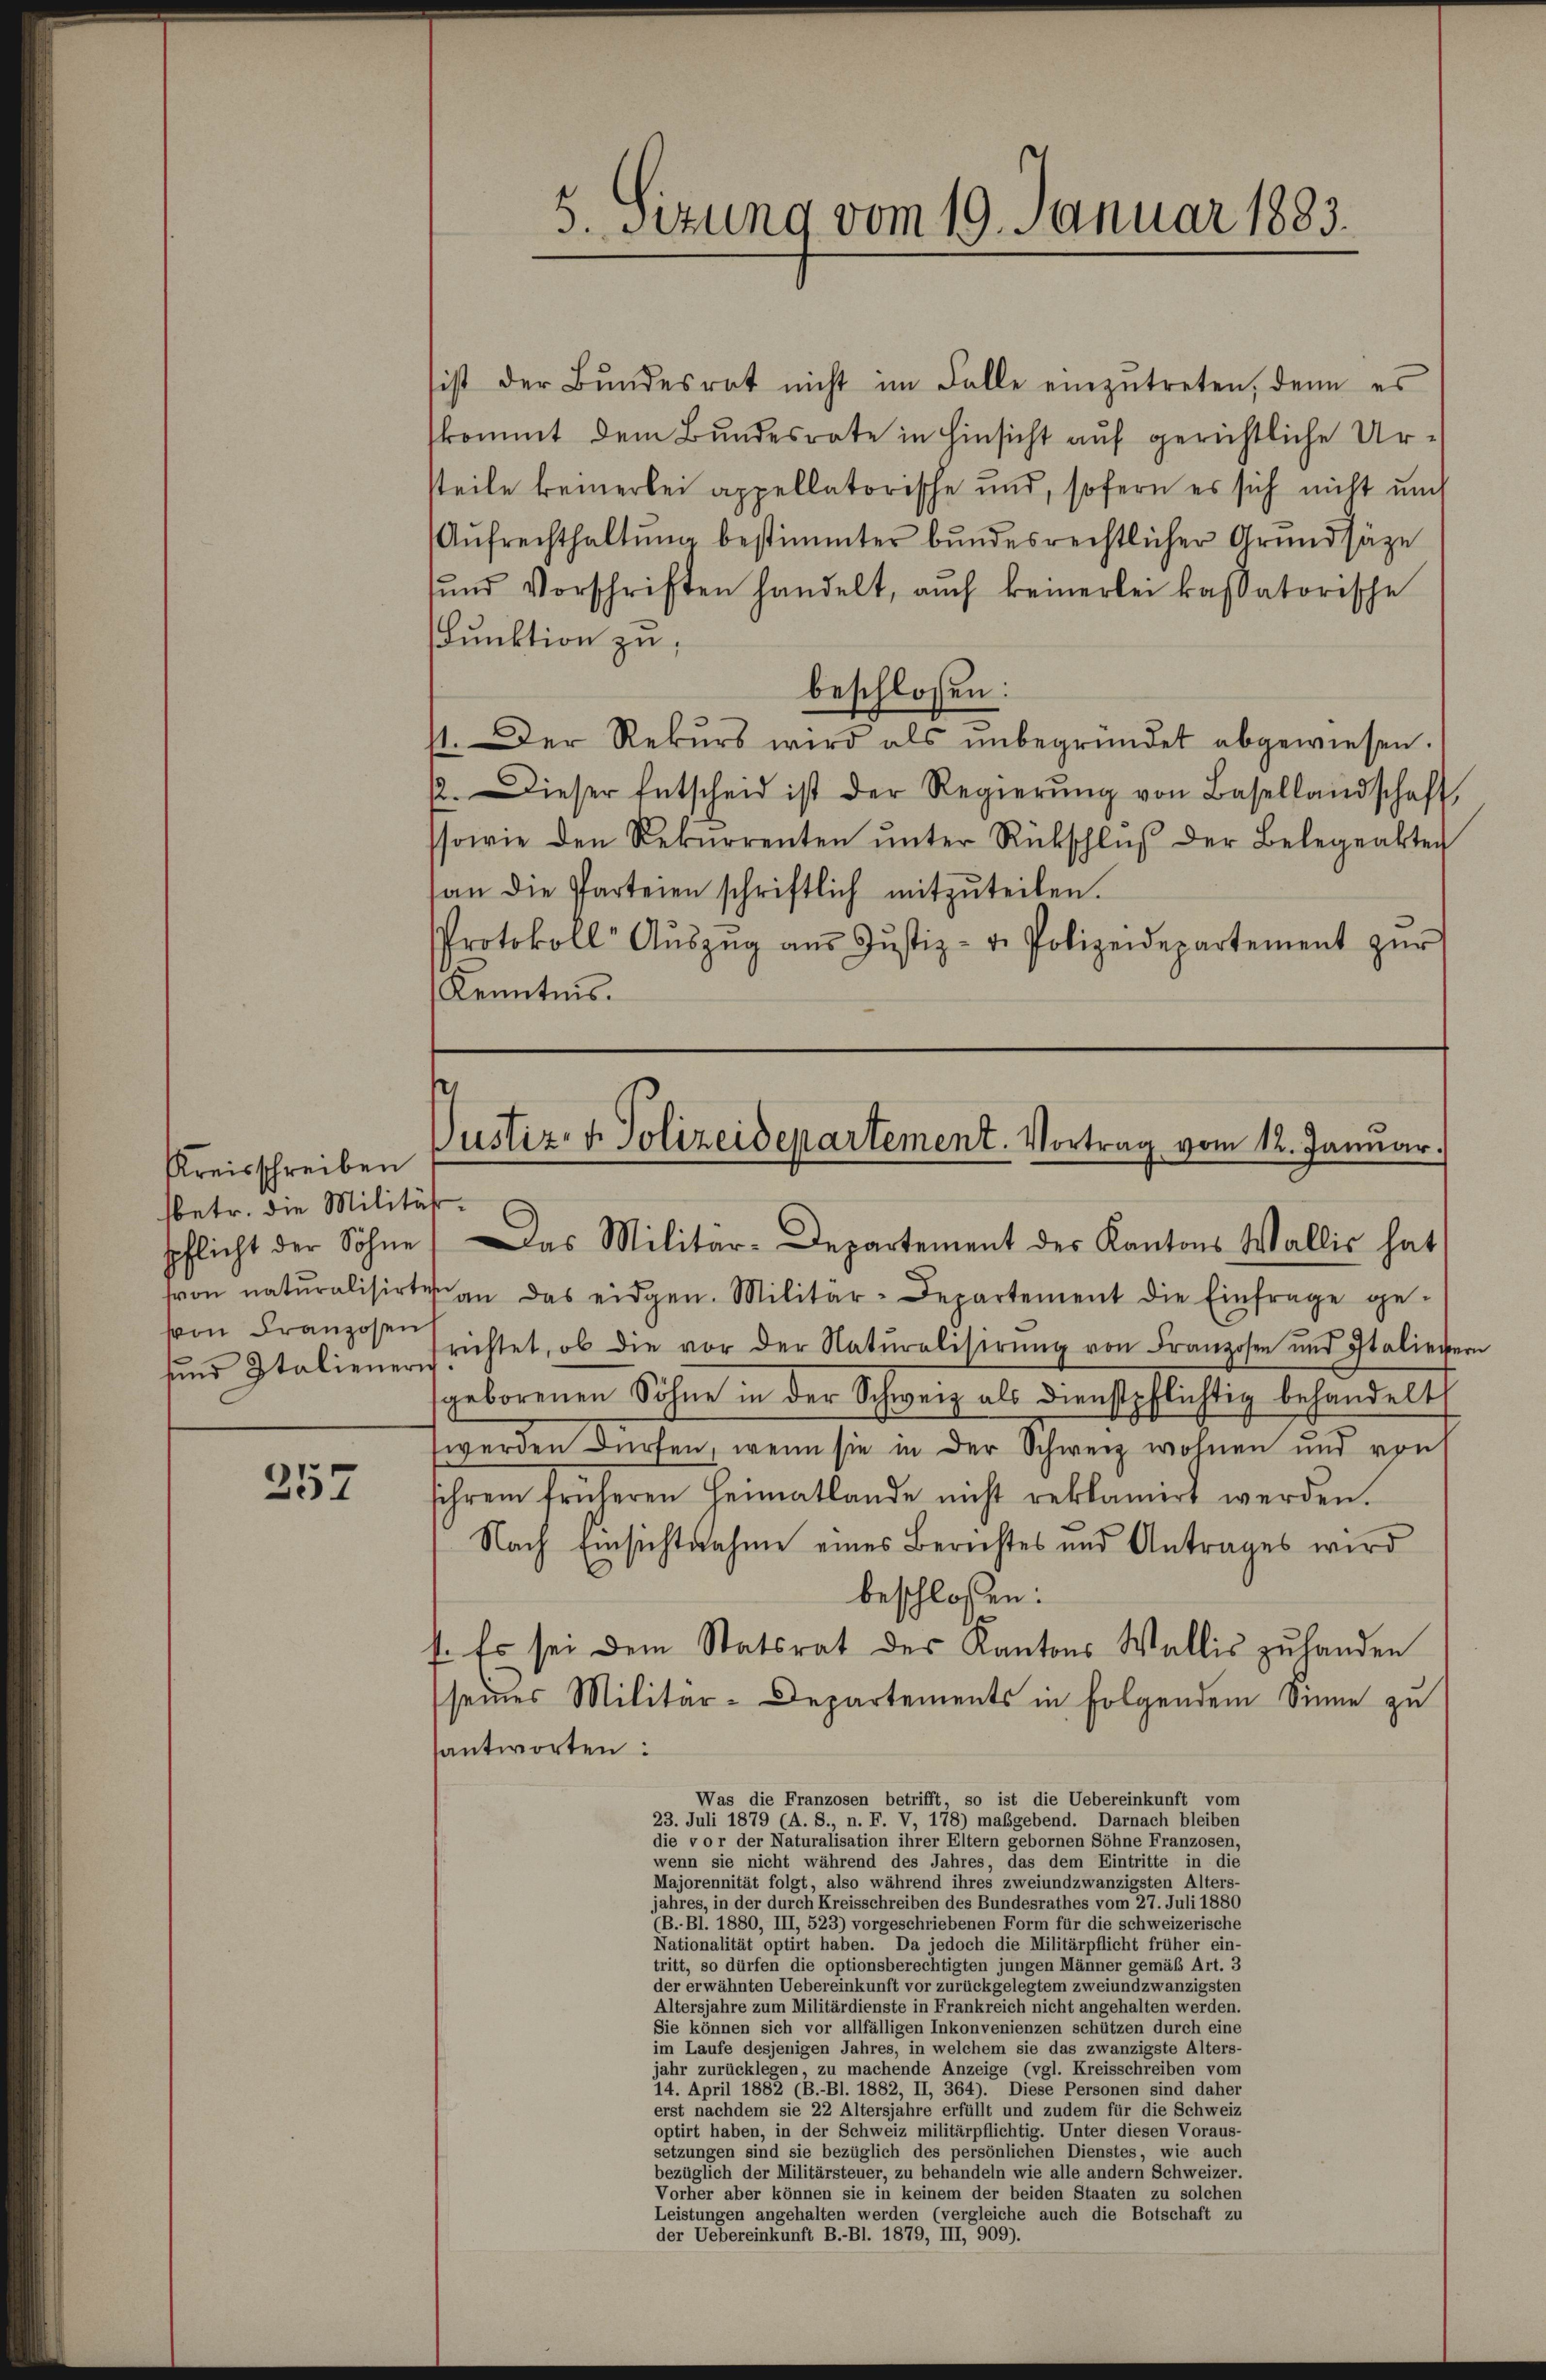
Kreisschreiben
sbetr. die Milität
von Franzosen

357

sist der Bŭndesrat nicht im Falle einzŭtreten, denn es
skommt dem Bundesrate in Hinsicht auf gerichtliche Ursteile keinerlei appellatorische und, sofern es sich nicht und
Aŭfrechthaltŭng bestimmter bundesrechtlicher Grundsäze
ŭnd Vorschriften handelt, auch keinerlei kassatorische
Funktion zu,
beschlossen:
st. Der Rekŭrs wird als ŭnbegründet abgewiesen.
12. Dieser Entscheid ist der Regierŭng von Basellandschaft
ssowie den Rekŭrrenten ŭnter Rückschlŭβ der Belegeakter
an die Parteien schriftlich mitzŭteilen.
Protokoll Aŭszŭg aŭs Jŭstiz- u. Polizeidepartement zŭr
Kenntnis.

5. Sizung vom 19. Januar 1883.

Justiz- & Polizeidepartement. Vortrag vom 12. Januar.
pflicht der Söhne. Das Militär-Departement der Kantons Wallis hat

sion naturalisirte an das eidgen. Militär-Departement die Einfrage ge-
ŭnd Italiener frichtet, ob die vor der Natŭralisirŭng von Franzosen und Italiegern
geborenen Söhne in der Schweiz als dienstpflichtig behandelt
werden dürfen, wenn sie in der Schweiz wohnen und von
sihrem früheren Heimatlande nicht reklamirt werden.
Nach Einsichtnahme eines Berichtes und Antrages wird
beschlossen:
f. Es sei dem Statsrat des Kantons Wallis zu handen
seines Militär-Departements in folgendem Sinne zu
santworten:
Was die Franzosen betrifft, so ist die Uebereinkunft vom
23. Juli 1879 (A. S., n. F. V, 178) maßgebend. Darnach bleiben
die vor der Naturalisation ihrer Eltern gebornen Söhne Franzosen,
wenn sie nichtete er einen eine einen einen des Jahres, das dem Eintritte der eine
Majorennität folgt, also während ihres zweiundzwanzigsten Alters-
jahres, in der durch Kreisschreiben des Bundesrathes vom 27. Juli 1880
                                                                   für die schweizerische

tritt, so dürfen die optionsberechtigten jungen Männer gemäß Art. 3
der erwähnten Uebereinkunft vorgen zureichen gelegen zweiundzwanzigsten
Altersjahre zum Militärdienste in der einen eine sich nicht angehalten werden.
                                               eine einen geraten durch eine
im Laufe desjenigen Jahres, in welche einen sie das zwanzigste Alters-
jahr zurücklegen, zu machende Anzeige (vgl. Kreisschreiben vom
                     B. Bl. 1882, 15 diese Personen sind daher
erst nachdem sie 22 Altersjahre erfüllt und zudem für die Schweiz
optirt haben, in der Schweiz militärpflichtig. Unter diesen Voraus-
setzungen sind sie bezüglich des persönlichen Dienstes, wie auch
begleich der Militärsteuer, zu behandeln wie alle andern Schweizer.
Vorher aber können sie in keinem der beiden Staaten zu solchen
Leistungen angehalten werden (vergleiche auch die Botschaft zu
der Uebereinkunft B.-Bl. 1879, III, 909).